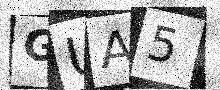
Text: GUA5